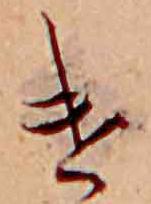
け